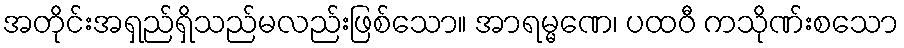
အတိုင်းအရှည်ရှိသည်မလည်းဖြစ်သော။ အာရမ္မဏေ၊ ပထဝီ ကသိုဏ်းစသော